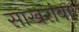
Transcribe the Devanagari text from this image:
साखरांबा